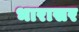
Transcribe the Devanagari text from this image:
भारासर